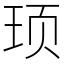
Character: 顼